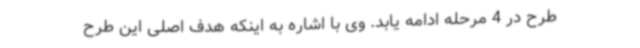
طرح در 4 مرحله ادامه یابد. وی با اشاره به اینکه هدف اصلی این طرح